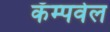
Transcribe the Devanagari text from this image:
कॅम्पवेल